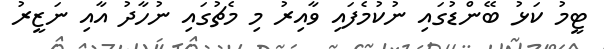
ޓީމު ކަޅު ބޭންޑުގައި ނުކުމެފައި ވާއިރު މި މެޗުގައި ނުހާދު އާއި ނަޒީރު